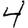
Digit: 4